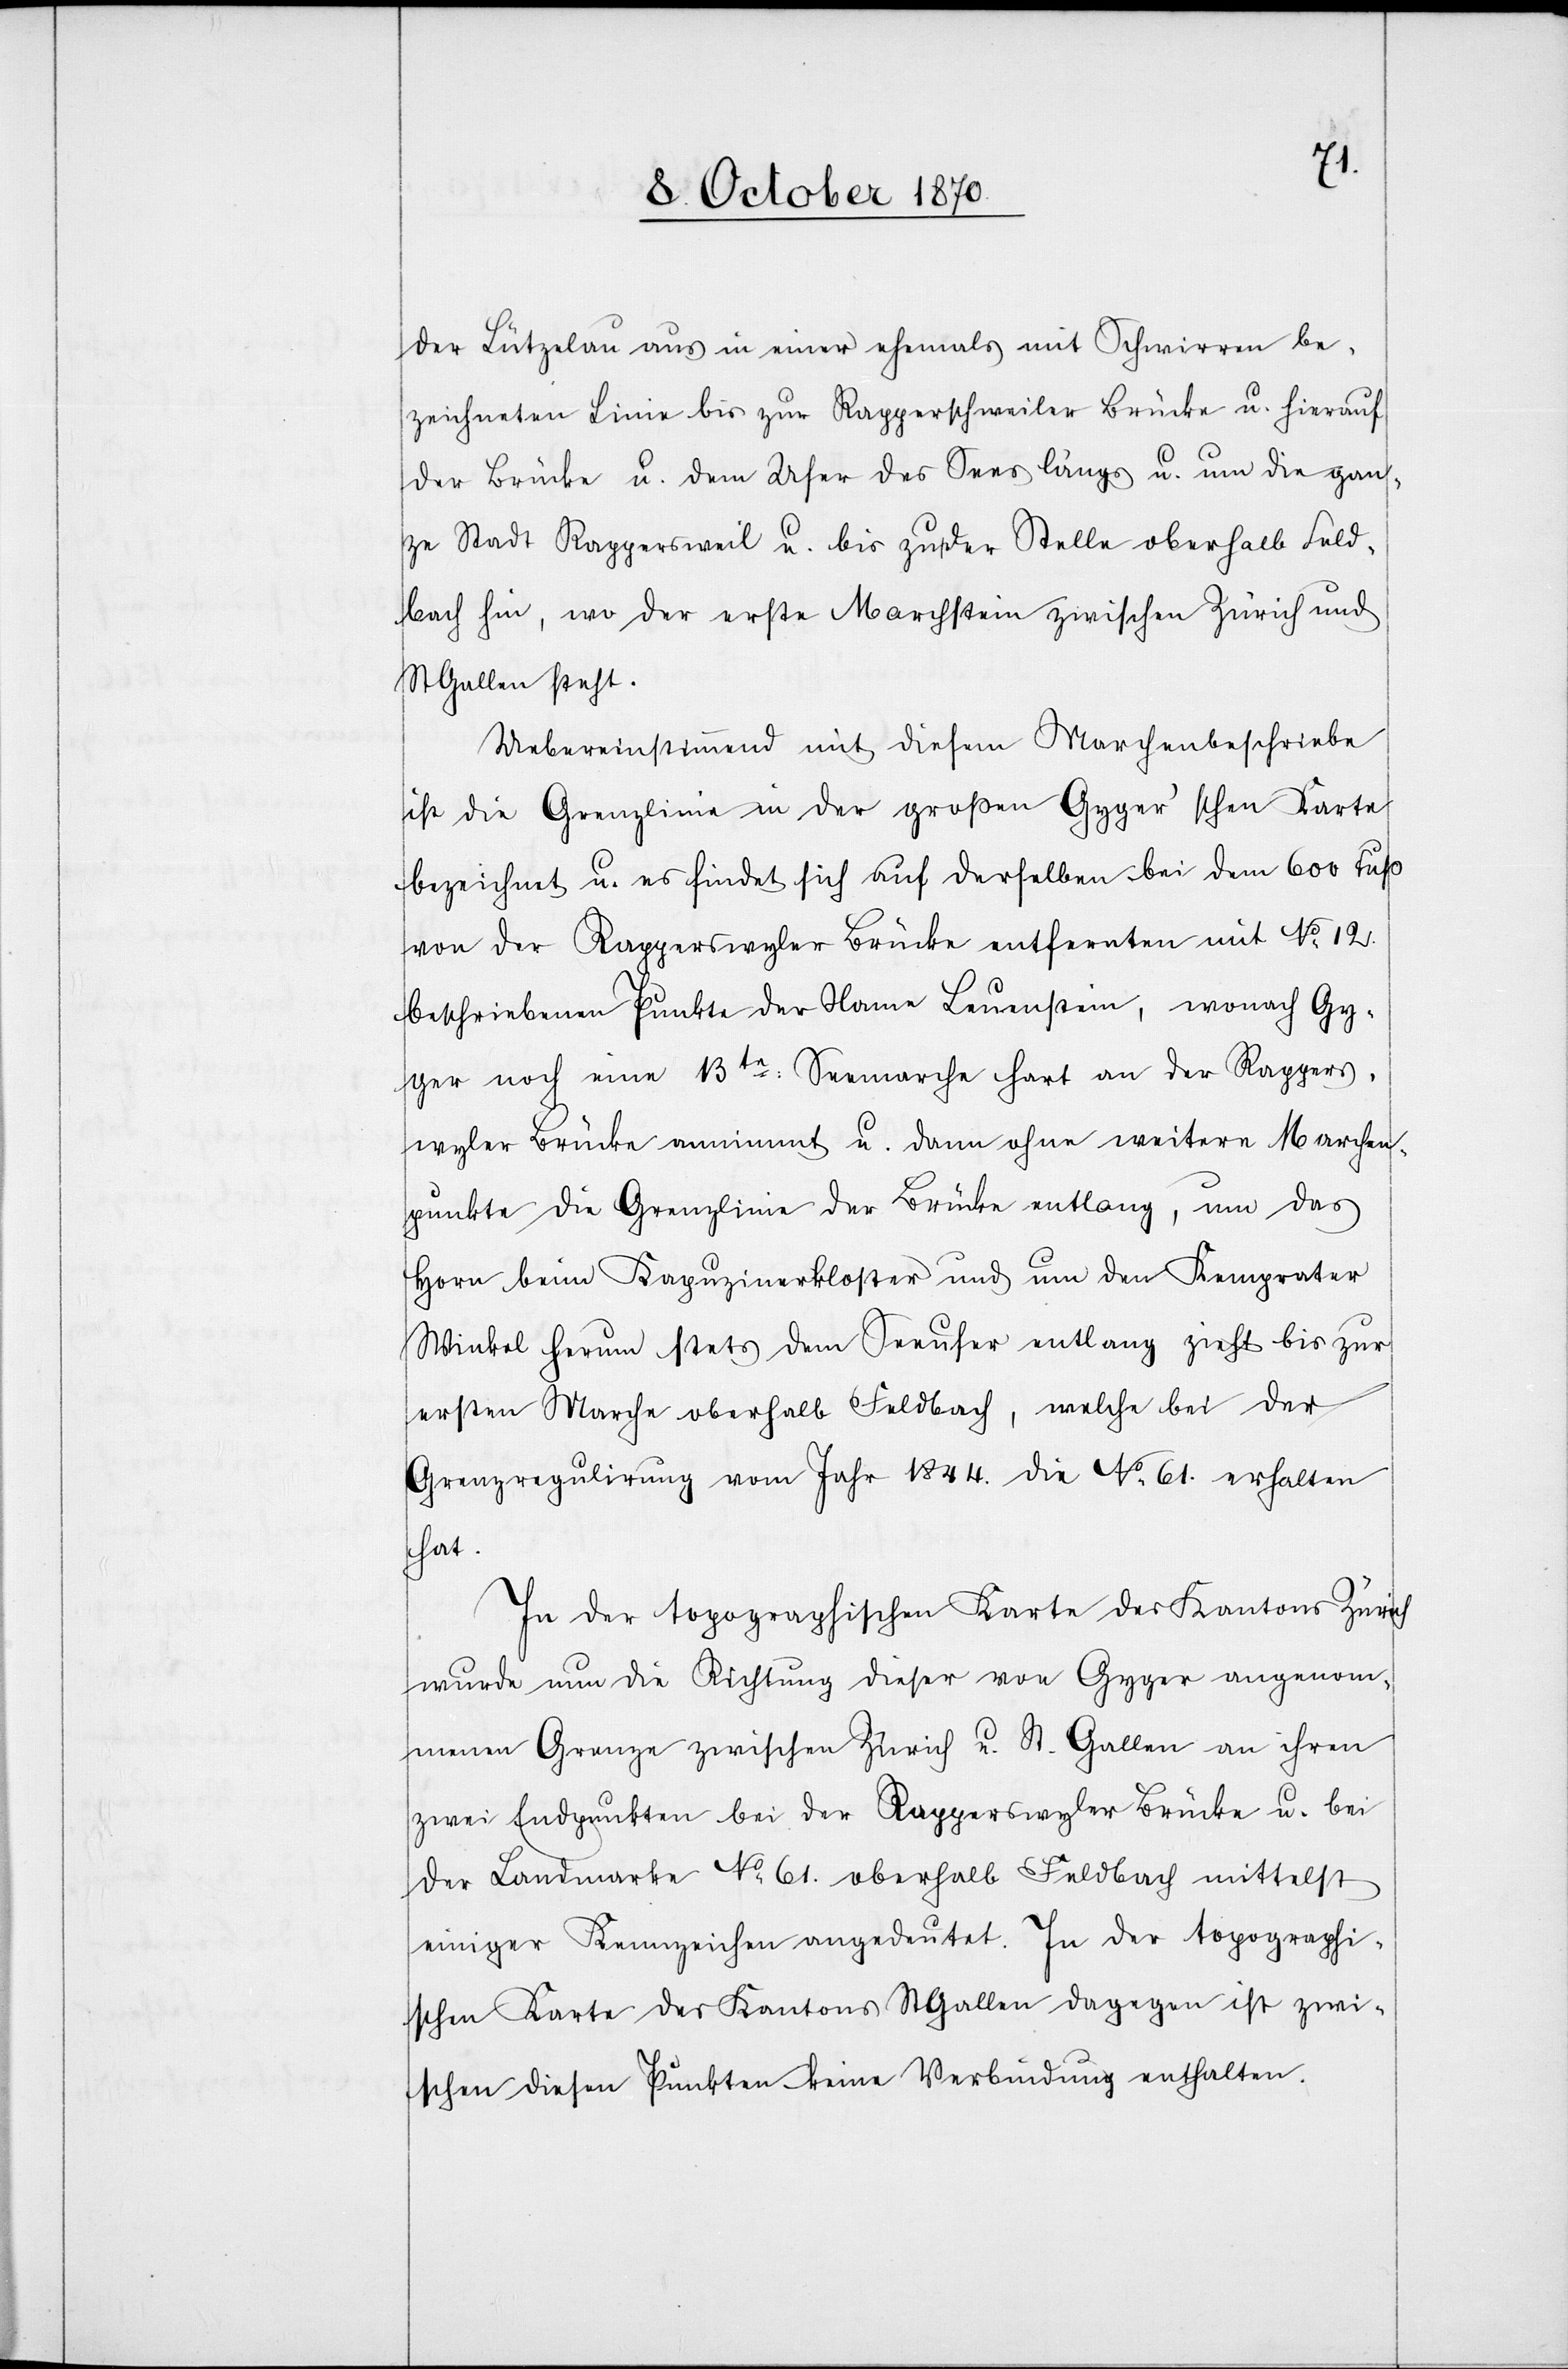
der Lützelau aus in einer ehemals mit Schwirren be¬
zeichneten Linie bis zur Rapperschweiler Brücke u. hierauf
der Brücke u. dem Ufer des Sees längs u. um die gan¬
ze Stadt Rappersweil u. bis zu der Stelle oberhalb Feld¬
bach hin, wo der erste Marchstein zwischen Zürich und
St. Gallen steht.
Uebereinstimmend mit diesem Marchenbeschriebe
ist die Grenzlinie in der großen Gyger’schen Karte
bezeichnet u. es findet sich auf derselben bei dem 600 Fuß
von der Rapperswyler Brücke entfernten mit No 12
beschriebenen Punkte der Name Leuenstein, wonach Gy¬
ger noch eine 13te: Seemarche hart an der Rappers¬
wyler Brücke annimmt u. dann ohne weitere Marchen¬
punkte die Grenzlinie der Brücke entlang, um das
Horn beim Kapuzinerkloster und um den Kemprater
Winkel herum stets dem Seeufer entlang zieht bis zur
ersten Marche oberhalb Feldbach, welche bei der
Grenzregulirung vom Jahr 1844. die No 61. erhalten
hat.
In der topographischen Karte des Kantons Zürich
wurde nun die Richtung dieser von Gyger angenom¬
menen Grenze zwischen Zürich u. St. Gallen an ihren
zwei Endpunkten bei der Rapperswyler Brücke u. bei
der Landmarke No 61. oberhalb Feldbach mittelst
einiger Kennzeichen angedeutet. In der topographi¬
schen Karte des Kantons St. Gallen dagegen ist zwi¬
schen diesen Punkten keine Verbindung enthalten.